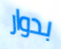
بدوار